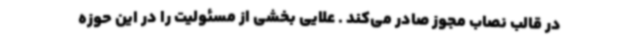
در قالب نصاب مجوز صادر می‌کند . علایی بخشی از مسئولیت را در این حوزه